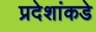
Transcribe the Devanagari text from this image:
प्रदेशांकडे